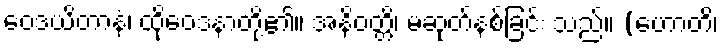
ဝေဒယိတာနံ၊ ထိုဝေဒနာတို့၏။ အနိဝတ္တိ၊ မဆုတ်နစ်ခြင်း သည်။ (ဟောတိ၊